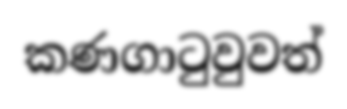
කණගාටුවුවත්